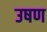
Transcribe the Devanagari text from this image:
उषण